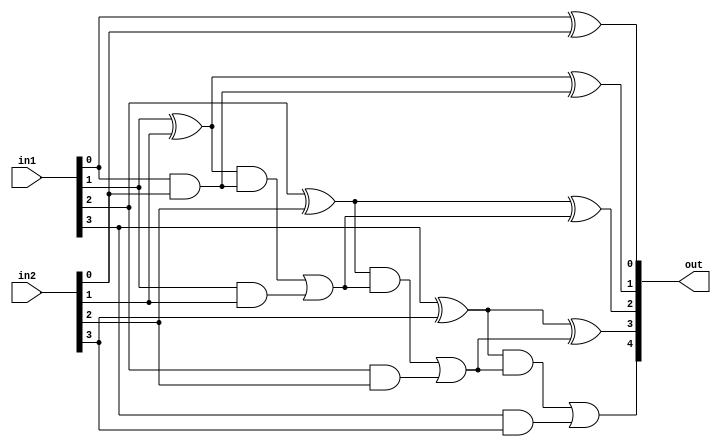
module cla(in1,in2,out);

input [3:0] in1,in2;
output [4:0] out;

wire c0,c1,c2,c3,c4;

wire p0,p1,p2,p3;
wire g0,g1,g2,g3;

assign p0=(in1[0]^in2[0]);
assign p1=(in1[1]^in2[1]);
assign p2=(in1[2]^in2[2]);
assign p3=(in1[3]^in2[3]);

assign g0=(in1[0]&in2[0]);
assign g1=(in1[1]&in2[1]);
assign g2=(in1[2]&in2[2]);
assign g3=(in1[3]&in2[3]);

assign c0=1'b0;
assign c1=((p0&c0)|g0);
assign c2=((p1&c1)|g1);
assign c3=((p2&c2)|g2);
assign c4=((p3&c3)|g3);

assign out[0]=(p0^c0);
assign out[1]=(p1^c1);
assign out[2]=(p2^c2);
assign out[3]=(p3^c3);
assign out[4]=c4;

endmodule